Report of the Indian Hemp Drugs Commission, 1894-1895 - Volume III
Year: 1894
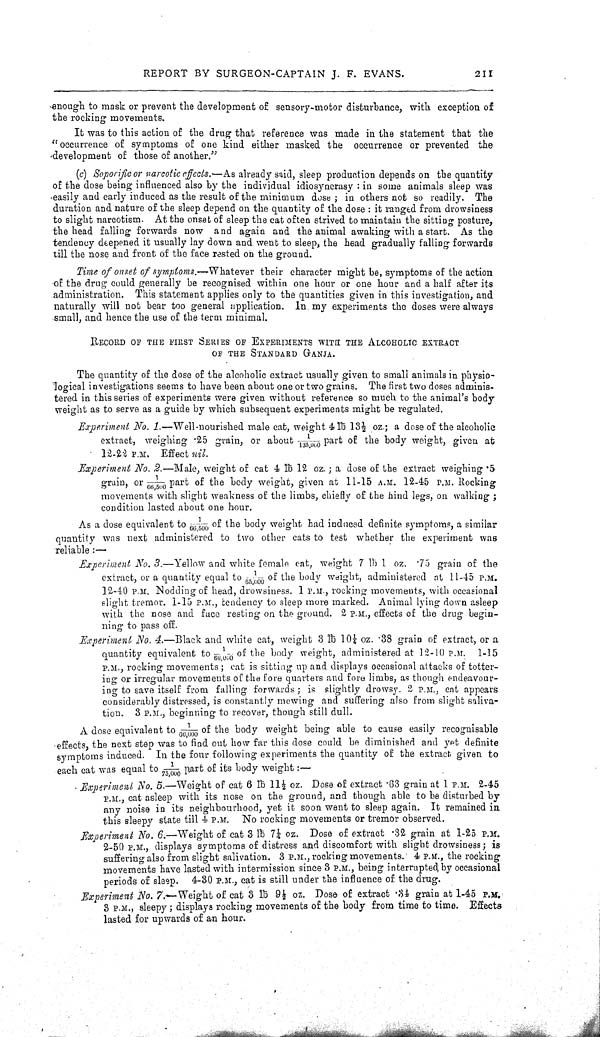
REPORT BY SURGEON-CAPTAIN J. F. EVANS.
211
enough to mask or prevent the development of sensory-motor disturbance, with exception of
the rocking movements.
It was to this action of the drug that reference was made in the statement that the
"occurrence of symptoms of one kind either masked the occurrence or prevented the
development of those of another."
(c) Soporific or narcotic effects.—As already said, sleep production depends on the quantity
of the dose being influenced also by the individual idiosyncrasy: in some animals sleep was
easily and early induced as the result of the minimum dose; in others not so readily. The
duration and nature of the sleep depend on the quantity of the dose: it ranged from drowsiness
to slight narcotism. At the onset of sleep the cat often strived to maintain the sitting posture,
the head falling forwards now and again and the animal awaking with a start. As the
tendency deepened it usually lay down and went to sleep, the head gradually falling forwards
till the nose and front of the face rested on the ground.
Time of onset of symptoms.—Whatever their character might be, symptoms of the action
of the drug could generally be recognised within one hour or one hour and a half after its
administration. This statement applies only to the quantities given in this investigation, and
naturally will not bear too general application. In. my experiments the doses were always
small, and hence the use of the term minimal.
RECORD OF THE FIRST SERIES OF EXPERIMENTS WITH THE ALCOHOLIC EXTRACT
OF THE STANDARD GANJA.
The quantity of the dose of the alcoholic extract usually given to small animals in physio-
logical investigations seems to have been about one or two grains. The first two doses adminis-
tered in this series of experiments were given without reference so much to the animal's body
weight as to serve as a guide by which subsequent experiments might be regulated.
Experiment No. 1.—Well-nourished male cat, weight 4lb 13½ oz.; a dose of the alcoholic
extract, weighing .25 grain, or about 1/135,000 part of the body weight, given at
12-22 P.M. Effect nil.
Experiment No. 2.—Male, weight of cat 4 lb 12 oz.; a dose of the extract weighing 5
grain, or 1/66,500 part of the body weight, given at 11-15 A.M. 12-45 P.M. Rocking
movements with slight weakness of the limbs, chiefly of the hind legs, on walking;
condition lasted about one hour.
As a dose equivalent to 1/66,500 of the body weight had induced definite symptoms, a similar
quantity was next administered to two other cats to test whether the experiment was
reliable:-
Experiment No. 3.—Yellow and white female cat, weight 7 lb 1 oz. .75 grain of the
extract, or a quantity equal to 1/65,000 of the body weight, administered at 11-45 P.M.
12-40 P.M. Nodding of head, drowsiness. 1 P.M., rocking movements, with occasional
slight tremor. 1-15 P.M., tendency to sleep more marked. Animal lying down asleep
with the nose and face resting on the ground. 2 P.M., effects of the drug begin-
ning to pass off.
Experiment No. 4.—Black and white cat, weight 3 lb 10¼ oz. .38 grain of extract, or a
quantity equivalent to 1/66,000 of the body weight, administered at 12-10 P.M. 1-15
P.M., rocking movements; cat is sitting up and displays occasional attacks of totter-
ing or irregular movements of the fore quarters and fore limbs, as though endeavour-
ing to save itself from falling forwards; is slightly drowsy. 2 P.M., cat appears
considerably distressed, is constantly mewing and suffering also from slight saliva-
tion. 3 P.M., beginning to recover, though still dull.
A dose equivalent to 1/66,000 of the body weight being able to cause easily recognisable
effects, the next step was to find out how far this dose could be diminished and yet definite
symptoms induced. In the four following experiments the quantity of the extract given to
each cat was equal to 1/75,000 part of its body weight:—
Experiment No. 5.—Weight of cat 6 lb 11½ oz. Dose of extract .63 grain at 1 P.M. 2-45
P.M., cat asleep with its nose on the ground, and though able to be disturbed by
any noise in its neighbourhood, yet it soon went to sleep again. It remained in
this sleepy state till 4 P.M. No rocking movements or tremor observed.
Experiment No. 6.—Weight of cat 3 lb 7¼ oz. Dose of extract .32 grain at 1-25 P.M.
2-50 P.M., displays symptoms of distress and discomfort with slight drowsiness; is
suffering also from slight salivation. 3 P.M., rocking movements. 4 P.M., the rocking
movements have lasted with intermission since 3 P.M., being interrupted by occasional
periods of sleep. 4-30 P.M., cat is still under the influence of the drug.
Experiment No. 7.—Weight of cat 3 lb 9½ oz. Dose of extract .34 grain at 1-45 P.M.
3 P.M., sleepy; displays rocking movements of the body from time to time. Effects
lasted for upwards of an hour.